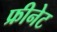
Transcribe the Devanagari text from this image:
फ्रीनेट